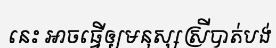
នេះ អាចធ្វើឲ្យមនុស្សស្រីបាត់បង់